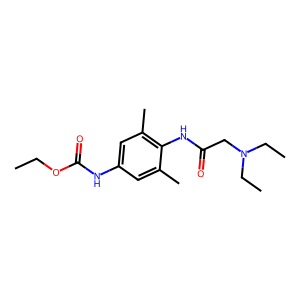
SMILES: CCOC(=O)Nc1cc(C)c(NC(=O)CN(CC)CC)c(C)c1
Inhibits HIV replication: No